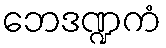
ဘေဒဏ္ဍကံ